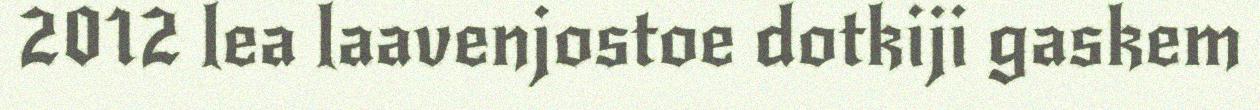
2012 lea laavenjostoe dotkiji gaskem